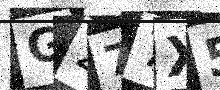
Text: G277X5